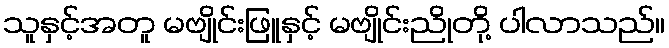
သူနှင့်အတူ မဗျိုင်းဖြူနှင့် မဗျိုင်းညိုတို့ ပါလာသည်။